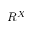
R ^ { X }